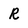
Character: R